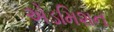
એડમિશન